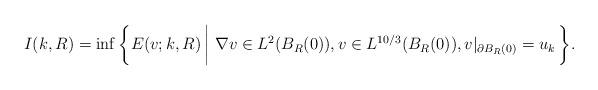
LaTeX: \begin{align*}I(k,R) &= \inf \bigg \{ E(v;k,R) \, \bigg| \, \, \nabla v \in L^{2}(B_{R}(0)), v \in L^{10/3}(B_{R}(0)), v|_{\partial B_{R}(0)} = u_{k} \, \bigg \}. \end{align*}